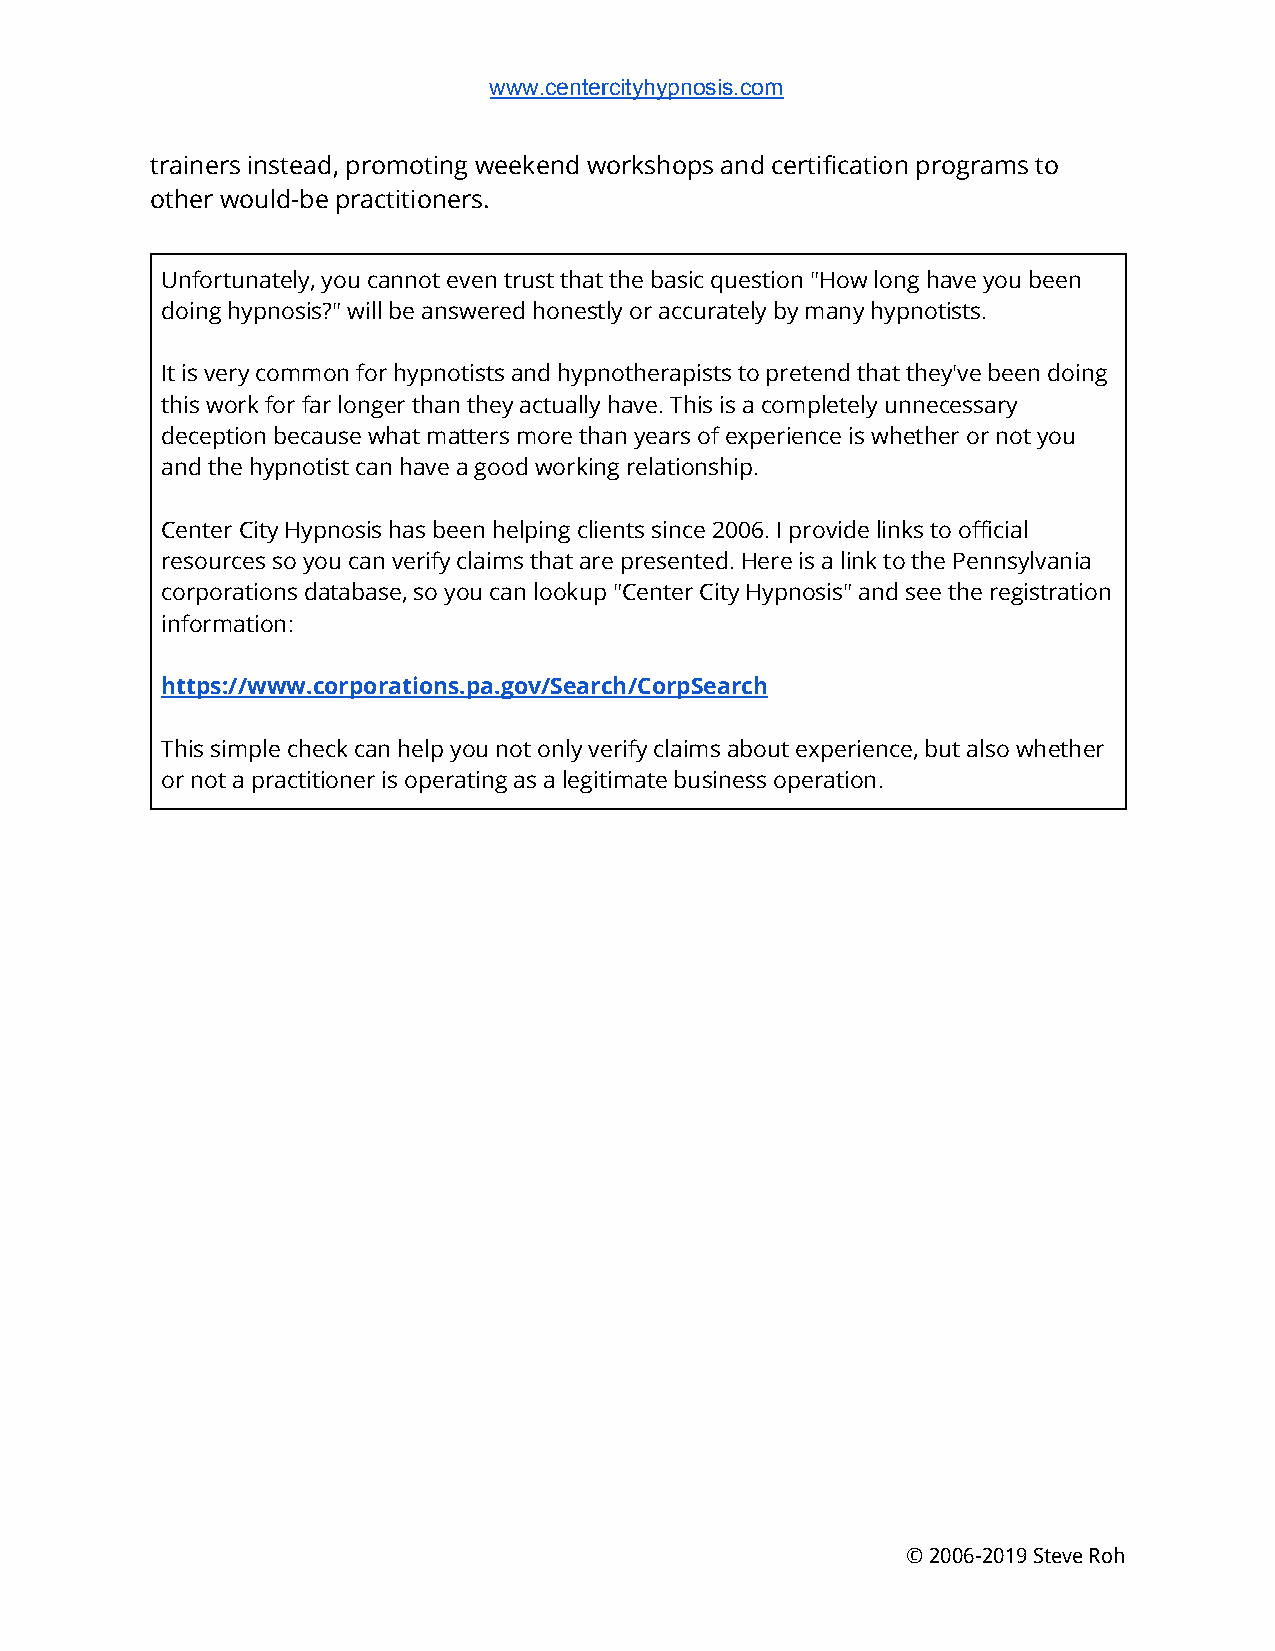
www.centercityhypnosis.com
 trainers instead, promoting weekend workshops and certification programs to
 other would-be practitioners.
 Unfortunately, you cannot even trust that the basic question "How long have you been
 doing hypnosis?" will be answered honestly or accurately by many hypnotists.
 It is very common for hypnotists and hypnotherapists to pretend that they've been doing
 this work for far longer than they actually have. This is a completely unnecessary
 deception because what matters more than years of experience is whether or not you
 and the hypnotist can have a good working relationship.
 Center City Hypnosis has been helping clients since 2006. I provide links to official
 resources so you can verify claims that are presented. Here is a link to the Pennsylvania
 corporations database, so you can lookup "Center City Hypnosis" and see the registration
 information:
 https://www.corporations.pa.gov/Search/CorpSearch
 This simple check can help you not only verify claims about experience, but also whether
 or not a practitioner is operating as a legitimate business operation.
 © 2006-2019 Steve Roh